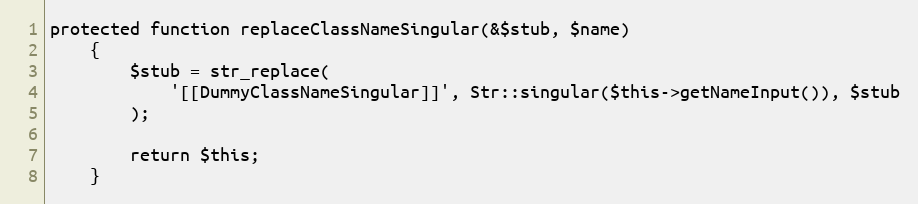
Language: PHP
protected function replaceClassNameSingular(&$stub, $name)
    {
        $stub = str_replace(
            '[[DummyClassNameSingular]]', Str::singular($this->getNameInput()), $stub
        );

        return $this;
    }